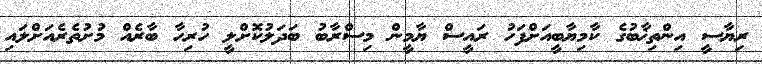
ރިޔާސީ އިންތިޚާބުގެ ކާމިޔާބީއަށްފަހު ރައީސް ޔާމީން މިސްރާބު ބަދަލުކޮށްލީ ހުރިހާ ބާރެއް މުށުތެރެއަށްލައި